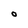
Character: O